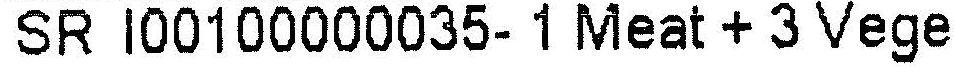
SR I00100000035- 1 MEAT + 3 VEGE